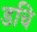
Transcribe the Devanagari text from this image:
डचि